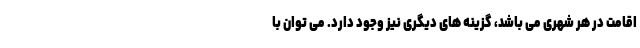
اقامت در هر شهری می باشد، گزینه های دیگری نیز وجود دارد. می توان با